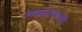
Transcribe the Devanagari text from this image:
लेखनाबाबतही